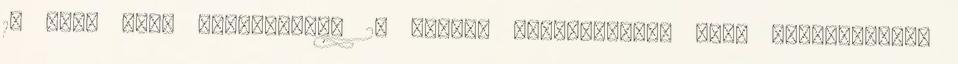
1. rész VII. fejezetének 2. ábrája elõírásainak kell megfelelnie.